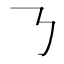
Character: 𠄎